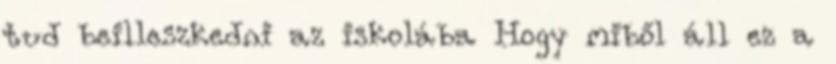
tud beilleszkedni az iskolába Hogy miből áll ez a